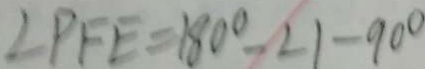
\angle P F E = 1 8 0 ^ { \circ } - \angle 1 - 9 0 ^ { \circ }